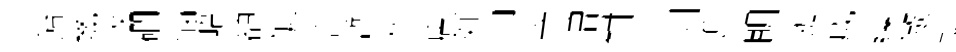
飴㡬拔磵惱峿額泥咨暫八店好由宰增鉗洮则逅眀迦成練傲詁